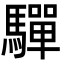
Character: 驒